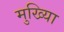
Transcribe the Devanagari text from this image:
मुख्यिा